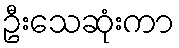
ဦးသေဆုံးကာ